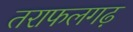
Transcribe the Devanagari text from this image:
तराफलगढ़